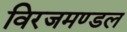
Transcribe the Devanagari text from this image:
विरजमण्डल